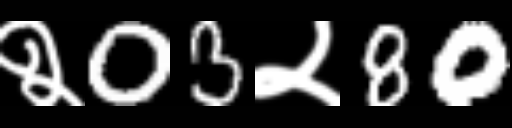
Text: २03२80